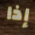
إذا